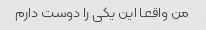
من واقعا این یکی را دوست دارم